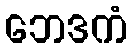
ဘေဒကံ